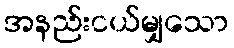
အနည်းငယ်မျှသော